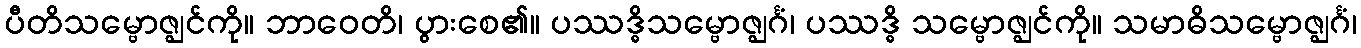
ပီတိသမ္ဗောဇ္ဈင်ကို။ ဘာဝေတိ၊ ပွားစေ၏။ ပဿဒ္ဓိသမ္ဗောဇ္ဈင်္ဂံ၊ ပဿဒ္ဓိ သမ္ဗောဇ္ဈင်ကို။ သမာဓိသမ္ဗောဇ္ဈင်္ဂံ၊